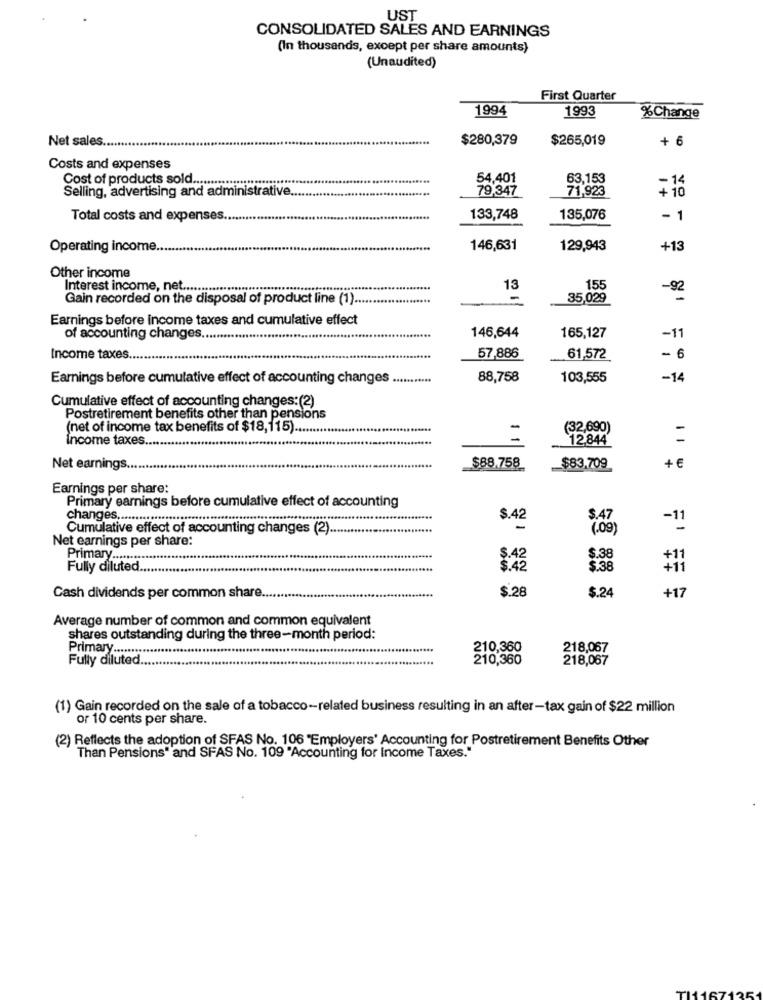
UST
CONSOLIDATED SALES AND EARNINGS
(In thousands, except per share amounts)
(Unaudited)
First Quarter
1994
1993
%Change
Net sales ..
$280,379
$265,019
+ 6
Costs and expenses
Cost of products sold ..................
54,401
63,153
Selling, advertising and administrative ..
79,347
71,923
+ 10
Total costs and expenses.
133,748
135,076
- 1
Operating income.
146,631
129,943
+13
Other income
Interest income, net .....
13
155
-92
Gain recorded on the disposal of product line (1) ..
-
35,029
Earnings before income taxes and cumulative effect
-11
of accounting changes .......
146,644
165,127
Income taxes ..
57,886
61,572
- 6
Earnings before cumulative effect of accounting changes ...........
88,758
103,555
-14
Cumulative effect of accounting changes:(2)
Postretirement benefits other than pensions
(net of income tax benefits of $18,115) ..
(32,690)
Income taxes ..
12,844
=
$88.758
Net earnings ..
......
$83,709
+ €
Earnings per share:
Primary earnings before cumulative effect of accounting
changes .............................................................
$.42
Cumulative effect of accounting changes (2) ..
-11
Net earnings per share:
Primary ..........
$.38
Fully diluted
$.42
5.38
$.28
$.24
+17
Cash dividends per common share ..
Average number of common and common equivalent
shares outstanding during the three-month period:
Primary .............
......
210,360
218,067
Fully diluted.
210,360
218,067
(1) Gain recorded on the sale of a tobacco-related business resulting in an after-tax gain of $22 million
or 10 cents per share.
(2) Reflects the adoption of SFAS No. 106 "Employers' Accounting for Postretirement Benefits Other
Than Pensions" and SFAS No. 109 "Accounting for Income Taxes."